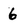
Character: 6